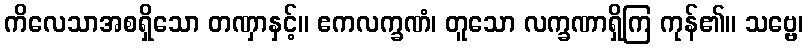
ကိလေသာအစရှိသော တဏှာနှင့်။ ဧကလက္ခဏံ၊ တူသော လက္ခဏာရှိကြ ကုန်၏။ သဗ္ဗေ၊